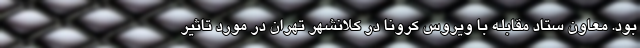
بود. معاون ستاد مقابله با ویروس کرونا در کلانشهر تهران در مورد تاثیر